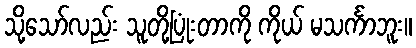
သို့သော်လည်း သူတို့ပြုံးတာကို ကိုယ် မသင်္ကာဘူး။